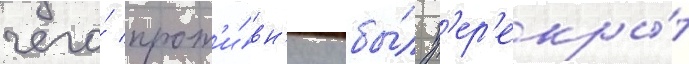
чего́ прот'и́вн'ику бы́л п'ер'екры́т